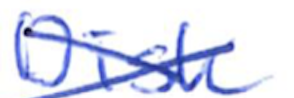
Text: Disk
Cross-out: cross
Writing tool: ballpoint